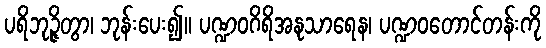
ပရိဘုဉ္ဇိတွာ၊ ဘုန်းပေး၍။ ပဏ္ဍဝဂိရိအနုသာရေန၊ ပဏ္ဍဝတောင်တန်းကို